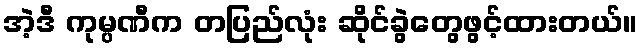
အဲ့ဒီ ကုမ္ပဏီက တပြည်လုံး ဆိုင်ခွဲတွေဖွင့်ထားတယ်။